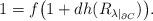
LaTeX: \begin{align*}1= f \bigr(1+ dh(R_{\lambda|_{\partial C}}) \bigr).\end{align*}